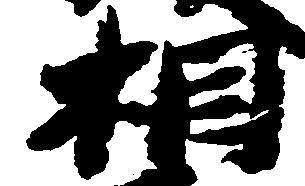
相